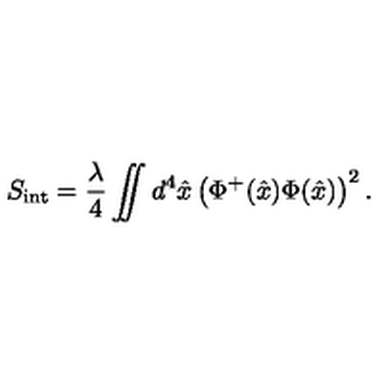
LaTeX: S _ { \mathrm { i n t } } = { \frac { \lambda } { 4 } } \int \! \! \! \! \! \int d ^ { 4 } \hat { x } \left( \Phi ^ { + } ( \hat { x } ) \Phi ( \hat { x } ) \right) ^ { 2 } .